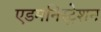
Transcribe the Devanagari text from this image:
एडमनिस्ट्रेशन